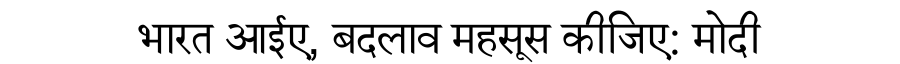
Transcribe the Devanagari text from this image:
भारत आईए, बदलाव महसूस कीजिए: मोदी